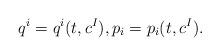
LaTeX: \begin{align*}q^{i}={q}^{i}(t,c^{I}), p_{i}=p_{i}(t,c^{I}).\end{align*}